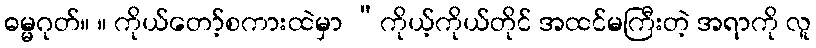
ဓမ္မဂုတ်။ ။ ကိုယ်တော့်စကားထဲမှာ “ကိုယ့်ကိုယ်တိုင် အထင်မကြီးတဲ့ အရာကို လူ